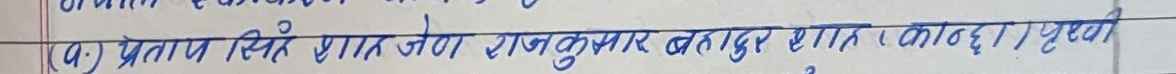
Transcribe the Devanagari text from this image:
(a) प्रताप सिंह शाह, राजकुमार बहादुर शाह, कोदही पृथ्वी